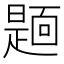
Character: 𮧏